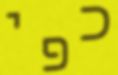
כפי